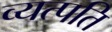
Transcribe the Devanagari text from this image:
व्यत्पति